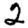
Digit: 2